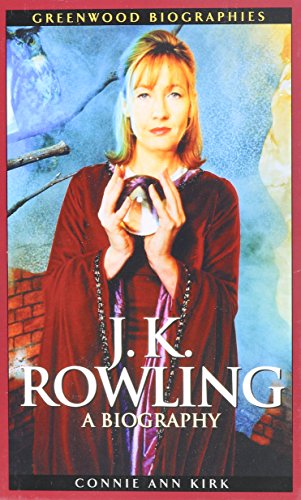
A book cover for J. K. Rowling: A Biography (Unauthorized Edition); Connie Ann Kirk; Science Fiction & Fantasy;